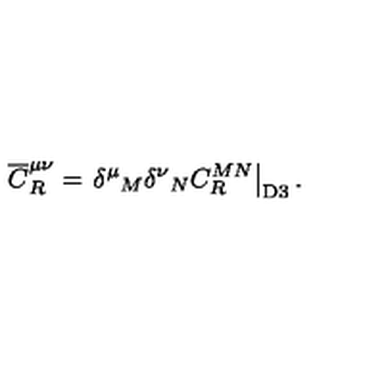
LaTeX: { \overline { C } } _ { R } ^ { \mu \nu } = \left. { \delta ^ { \mu } } _ { M } { \delta ^ { \nu } } _ { N } C _ { R } ^ { M N } \right| _ { \mathrm { D 3 } } .